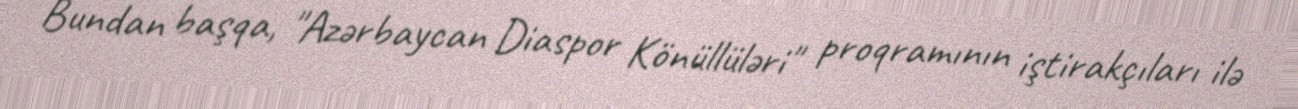
Bundan başqa, "Azərbaycan Diaspor Könüllüləri" proqramının iştirakçıları ilə